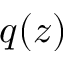
q ( z )